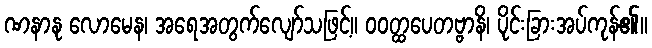
ဏနာနု လောမေန၊ အရေအတွက်လျော်သဖြင့်။ ဝဝတ္ထပေတဗ္ဗာနိ၊ ပိုင်းခြားအပ်ကုန်၏။